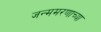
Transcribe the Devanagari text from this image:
जन्ममरणाच्या